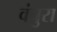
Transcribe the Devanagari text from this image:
वंचुरा